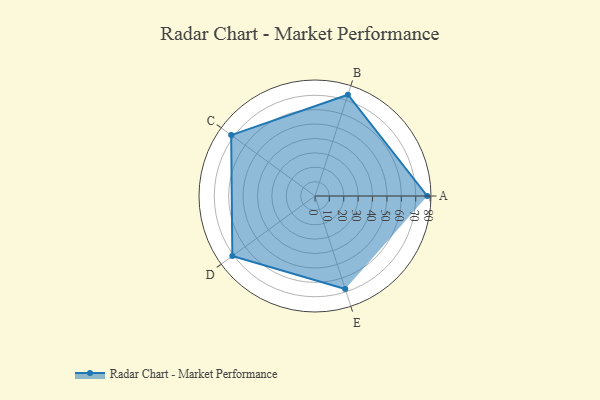
{"axis": {"x": "Skill", "y": "Score"}, "legend": ["Profile"], "data": [{"x": "A", "y": 78.0, "type": "Profile"}, {"x": "B", "y": 74.0, "type": "Profile"}, {"x": "C", "y": 72.0, "type": "Profile"}, {"x": "D", "y": 71.0, "type": "Profile"}, {"x": "E", "y": 68.0, "type": "Profile"}]}